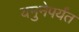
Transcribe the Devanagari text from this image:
यमुनेपर्यंत